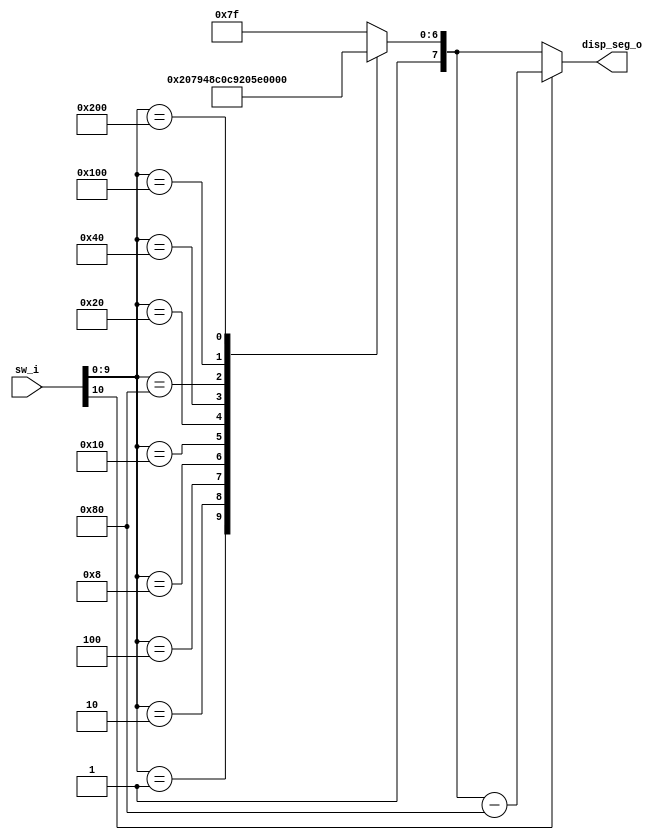
`timescale 1ns / 1ps

module top(
    input   [10:0] sw_i,
    output  [7:0] disp_seg_o
    );
    
    reg [7:0]  HEX;
    
    assign  disp_seg_o = HEX;
    
    always @(*) 
    begin
        case (sw_i[9:0])
            'b00000_00001:    HEX = 'b1100_0000;
            'b00000_00010:    HEX = 'b1111_1001;
            'b00000_00100:    HEX = 'b1010_0100;
            'b00000_01000:    HEX = 'b1011_0000;
            'b00000_10000:    HEX = 'b1001_1001;
            'b00001_00000:    HEX = 'b1001_0010;
            'b00010_00000:    HEX = 'b1000_0010;
            'b00100_00000:    HEX = 'b1111_1000;
            'b01000_00000:    HEX = 'b1000_0000;
            'b10000_00000:    HEX = 'b1001_0000;
            default:
                    HEX = 'b1111_1111;         
        endcase
        HEX <= sw_i[10] ? HEX - 'b1000_0000 : HEX; 
    end
    
endmodule